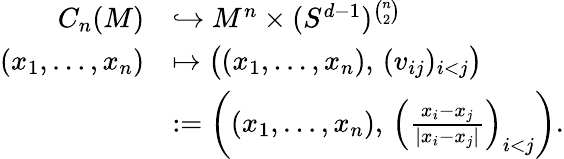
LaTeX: \begin{array}{rl}{C_{n}(M)}&{\hookrightarrow M^{n}\times(S^{d-1})^{\binom{n}{2}}}\\ {(x_{1},\dots,x_{n})}&{\mapsto\bigl((x_{1},\dots,x_{n}),\, (v_{ij})_{i<j}\bigr)}\\ &{:=\left((x_{1},\dots,x_{n}),\, \left(\frac{x_{i}-x_{j}}{|x_{i}-x_{j}|}\right)_{i<j}\right).}\end{array}